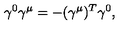
{ \gamma ^ { 0 } \gamma ^ { \mu } = - ( \gamma ^ { \mu } ) ^ { T } \gamma ^ { 0 } , }